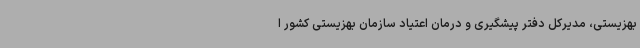
بهزیستی، مدیرکل دفتر پیشگیری و درمان اعتیاد سازمان بهزیستی کشور ا